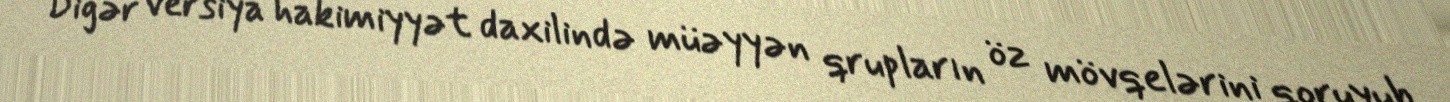
Digər versiya hakimiyyət daxilində müəyyən qrupların öz mövqelərini qoruyub